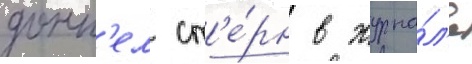
донн'ел ст'е́рн в журна́л'е